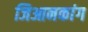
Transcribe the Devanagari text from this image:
जिआनकांग